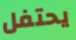
يحتفل